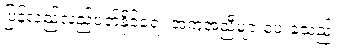
ပြန်လည်လည်ပတ်နိုင်ရေး အကူအညီများပေးခဲ့သည်။